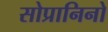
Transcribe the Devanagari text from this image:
सोप्रानिनो